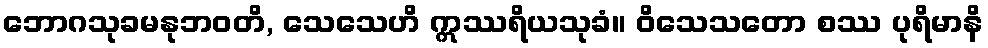
ဘောဂသုခမနုဘဝတိ, သေသေဟိ ဣဿရိယသုခံ။ ဝိသေသတော စဿ ပုရိမာနိ